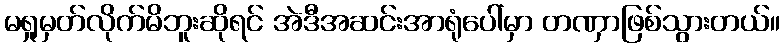
မရှုမှတ်လိုက်မိဘူးဆိုရင် အဲဒီအဆင်းအာရုံပေါ်မှာ တဏှာဖြစ်သွားတယ်။